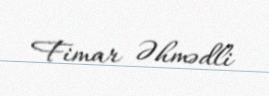
Fimar Əhmədli